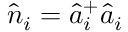
\hat { n } _ { i } = \hat { a } _ { i } ^ { + } \hat { a } _ { i }